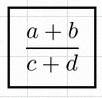
\frac{a+b}{c+d}